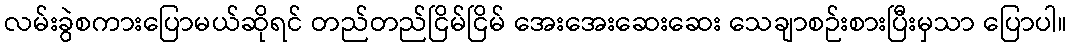
လမ်းခွဲစကားပြောမယ်ဆိုရင် တည်တည်ငြိမ်ငြိမ် အေးအေးဆေးဆေး သေချာစဉ်းစားပြီးမှသာ ပြောပါ။